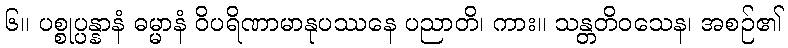
၆။ ပစ္စုပ္ပန္နာနံ ဓမ္မာနံ ဝိပရိဏာမာနုပဿနေ ပညာတိ၊ ကား။ သန္တတိဝသေန၊ အစဉ်၏